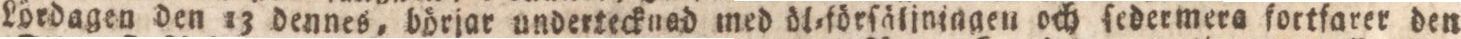
Lördagen den 13 dennes, börjar undertecknad med öl=förſäljnjngen och ſedermera fortfarer den